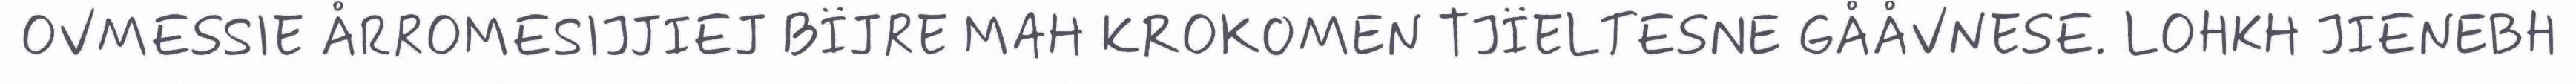
OVMESSIE ÅRROMESIJJIEJ BÏJRE MAH KROKOMEN TJÏELTESNE GÅÅVNESE. LOHKH JIENEBH